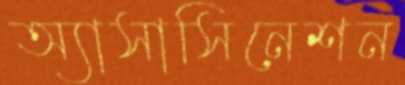
অ্যাসাসিনেশন